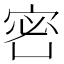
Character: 𡨑